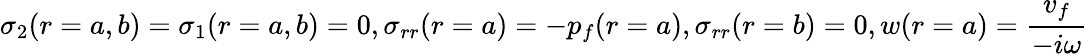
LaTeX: \sigma_{2}(r=a,b)=\sigma_{1}(r=a,b)=0,\sigma_{rr}(r=a)=-p_{f}(r=a),\sigma_{rr}(r=b)=0,w(r=a)=\frac{v_{f}}{-i\omega}